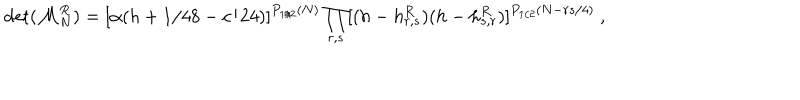
LaTeX: \det ( { \cal M } _ { N } ^ { R } ) = [ \alpha ( h + 1 / 4 8 - c / 2 4 ) ] ^ { P _ { 1 / 2 } ( N ) } \prod _ { r , s } [ ( h - h _ { r , s } ^ { R } ) ( h - h _ { s , r } ^ { R } ) ] ^ { P _ { 1 / 2 } ( N - { r s / 4 } ) } { } ~ ,